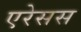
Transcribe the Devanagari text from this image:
एरेसस